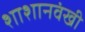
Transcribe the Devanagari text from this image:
शाशानवंखी